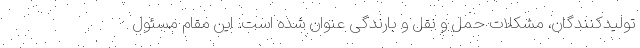
تولیدکنندگان، مشکلات حمل و نقل و بارندگی عنوان شده است. این مقام مسئول